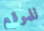
للموقع